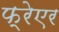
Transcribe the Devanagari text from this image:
फ्रेएर